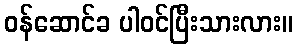
ဝန်ဆောင်ခ ပါဝင်ပြီးသားလား။